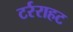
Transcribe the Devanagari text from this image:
टर्रराहट